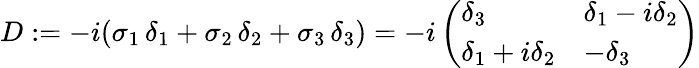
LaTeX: D:=-i(\sigma_{1}\, \delta_{1}+\sigma_{2}\, \delta_{2}+\sigma_{3}\, \delta_{3})=-i\left(\begin{array}{ll}{{\delta_{3}}}&{{\delta_{1}-i\delta_{2}}}\\ {{\delta_{1}+i\delta_{2}}}&{{-\delta_{3}}}\end{array}\right)